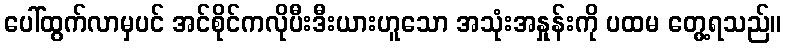
ပေါ်ထွက်လာမှပင် အင်စိုင်ကလိုပီးဒီးယားဟူသော အသုံးအနှုန်းကို ပထမ တွေ့ရသည်။